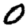
Digit: 0